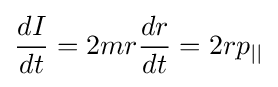
{\frac {dI}{dt}}=2mr{\frac {dr}{dt}}=2rp_{||}